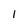
Character: l